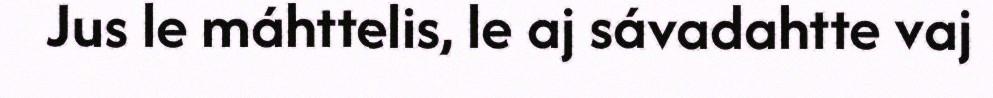
Jus le máhttelis, le aj sávadahtte vaj